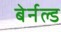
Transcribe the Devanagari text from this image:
बेर्नल्ड